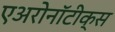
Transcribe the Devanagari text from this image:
एअरोनॉटीक्स